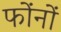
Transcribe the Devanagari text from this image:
फोंनों